system: You are a helpful assistant.
user:
Analyze the provided spectrum to determine if it is a **M-type Giant (gM)**.

A M-type Giant spectrum is defined by its **strong molecular absorption** features, particularly from **Titanium Oxide (TiO)**. You must check for one of the following mutually exclusive signatures:

- **Key Visual Indicators (Absorption-Dominated Spectrum):**

    - **(Primary):** The spectrum is dominated by strong molecular absorption from **Titanium Oxide (TiO)**. This is the **defining feature** of its M-type temperature class.
        - **(Key Bandheads):** Look for sharp, "saw-tooth" absorption valleys. The strongest are located near **~7050 Å**, **~6160 Å**, and **~5170 Å**.
        - **(Line Profile):** The "saw-tooth" morphology is critical: a **sharp, steep drop on the BLUE (short-wavelength) side** of the bandhead, followed by a gradual recovery (rising flux) towards the RED (long-wavelength) side.

    - **(Key Confirmation - Giant vs. Dwarf):** **ABSENCE** of strong **Calcium Hydride (CaH)** molecular bands. This is the primary diagnostic for *excluding* M-dwarfs.
        - **(Key Region):** The spectrum should lack the strong, broad absorption band seen in dwarfs between **~6800 Å and ~7000 Å**.

    - **(Secondary Confirmation - Giant):** A very strong and broad **Neutral Calcium (Ca I)** atomic absorption line.
        - **(Key Line):** Located at **~4226 Å**. In a giant (gM), this line is significantly deeper and broader than the same line in an M-dwarf (dM) due to low surface gravity.

    - **(Overall Spectrum):**
        - The continuum is **extremely red-sloping** (i.e., flux is very low in the blue and rises dramatically towards the red).
        - The entire spectrum appears "chopped up" by the deep TiO bands.

Think first, call **spectral_visualization_tool** if needed to examine features in detail, then provide your final answer. Your response must adhere to the following strict rules:
1.  **Overall Structure:** Your response must follow the format `<think>...</think> <tool_call>...</tool_call> (if a tool is used) <answer>...</answer>`.
2.  **Tool Usage Constraint:** You may only make **one** tool call per turn.
3.  **Final Answer Format:** In the `<answer>` tag, your conclusion must be inside a `\boxed{}` command (e.g., `\boxed{YES}` or `\boxed{NO}`), followed by your justification.

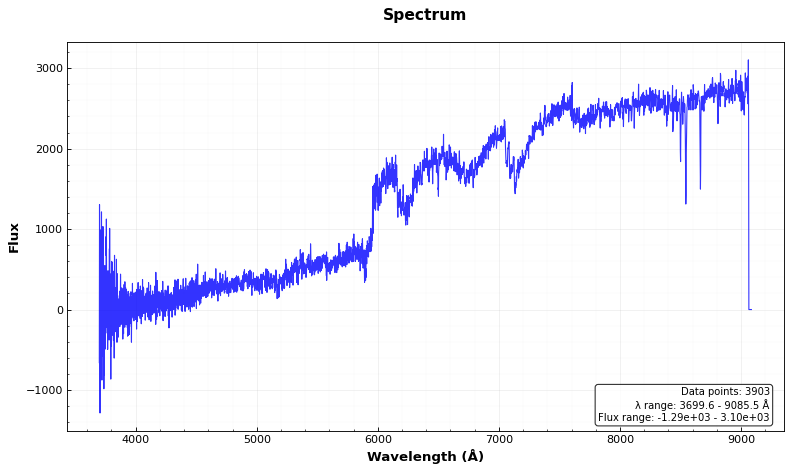
Answer: YES